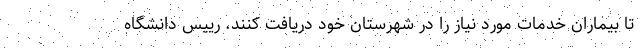
تا بیماران خدمات مورد نیاز را در شهرستان خود دریافت کنند. رییس دانشگاه